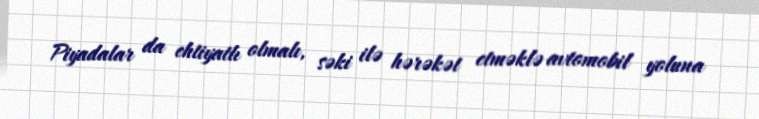
Piyadalar da ehtiyatlı olmalı, səki ilə hərəkət etməklə avtomobil yoluna